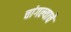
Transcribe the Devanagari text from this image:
चांगल्याचे